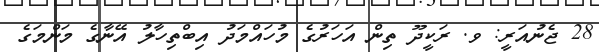
28 ޖެނުއަރީ: ވ. ރަކީދޫ ތިން އަހަރުގެ މުހައްމަދު އިބްތިހާލު އޭނާގެ މަންމަގެ